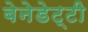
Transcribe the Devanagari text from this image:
बेनेडेट्टी